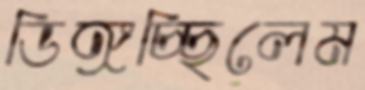
ডিঙ্গচ্ছিলেম